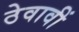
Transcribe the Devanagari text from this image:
ठेवावीं